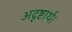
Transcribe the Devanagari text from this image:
अदृष्टार्थ।